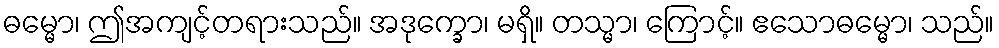
ဓမ္မော၊ ဤအကျင့်တရားသည်။ အဒုက္ခော၊ မရှိ။ တသ္မာ၊ ကြောင့်။ ဧသောဓမ္မော၊ သည်။